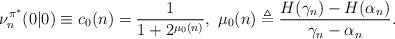
LaTeX: \begin{align*}\nu^{\pi^*}_n(0|0)\equiv{c}_0(n)=\frac{1}{1+2^{\mu_0(n)}},~\mu_0(n)\triangleq\frac{H(\gamma_n)-H(\alpha_n)}{\gamma_n-\alpha_n}.\end{align*}